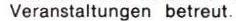
Veranstaltungen betreut.